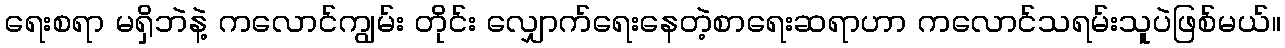
ရေးစရာ မရှိဘဲနဲ့ ကလောင်ကျွမ်း တိုင်း လျှောက်ရေးနေတဲ့စာရေးဆရာဟာ ကလောင်သရမ်းသူပဲဖြစ်မယ်။